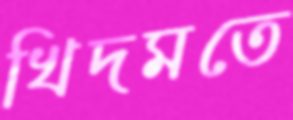
খিদমতে